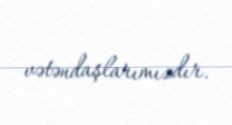
vətəndaşlarımızdır.